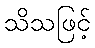
သိသဖြင့်